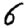
Digit: 5